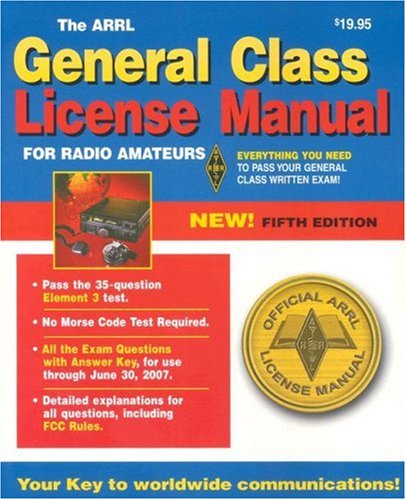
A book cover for The ARRL General Class License Manual for  Radio Amateurs; Humor & Entertainment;